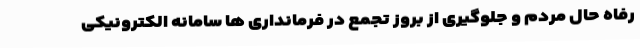
رفاه حال مردم و جلوگیری از بروز تجمع در فرمانداری ها سامانه الکترونیکی